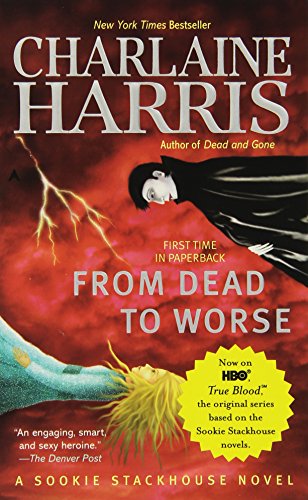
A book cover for From Dead to Worse: A Sookie Stackhouse Novel (Sookie Stackhouse/True Blood); Charlaine Harris; Mystery, Thriller & Suspense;